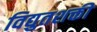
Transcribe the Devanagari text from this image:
विद्युतशक्ती